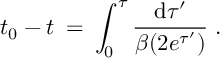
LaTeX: t _ { 0 } - t \: = \: \int _ { 0 } ^ { \tau } \frac { \mathrm { d } \tau ^ { \prime } } { \beta ( 2 e ^ { \tau ^ { \prime } } ) } \; .